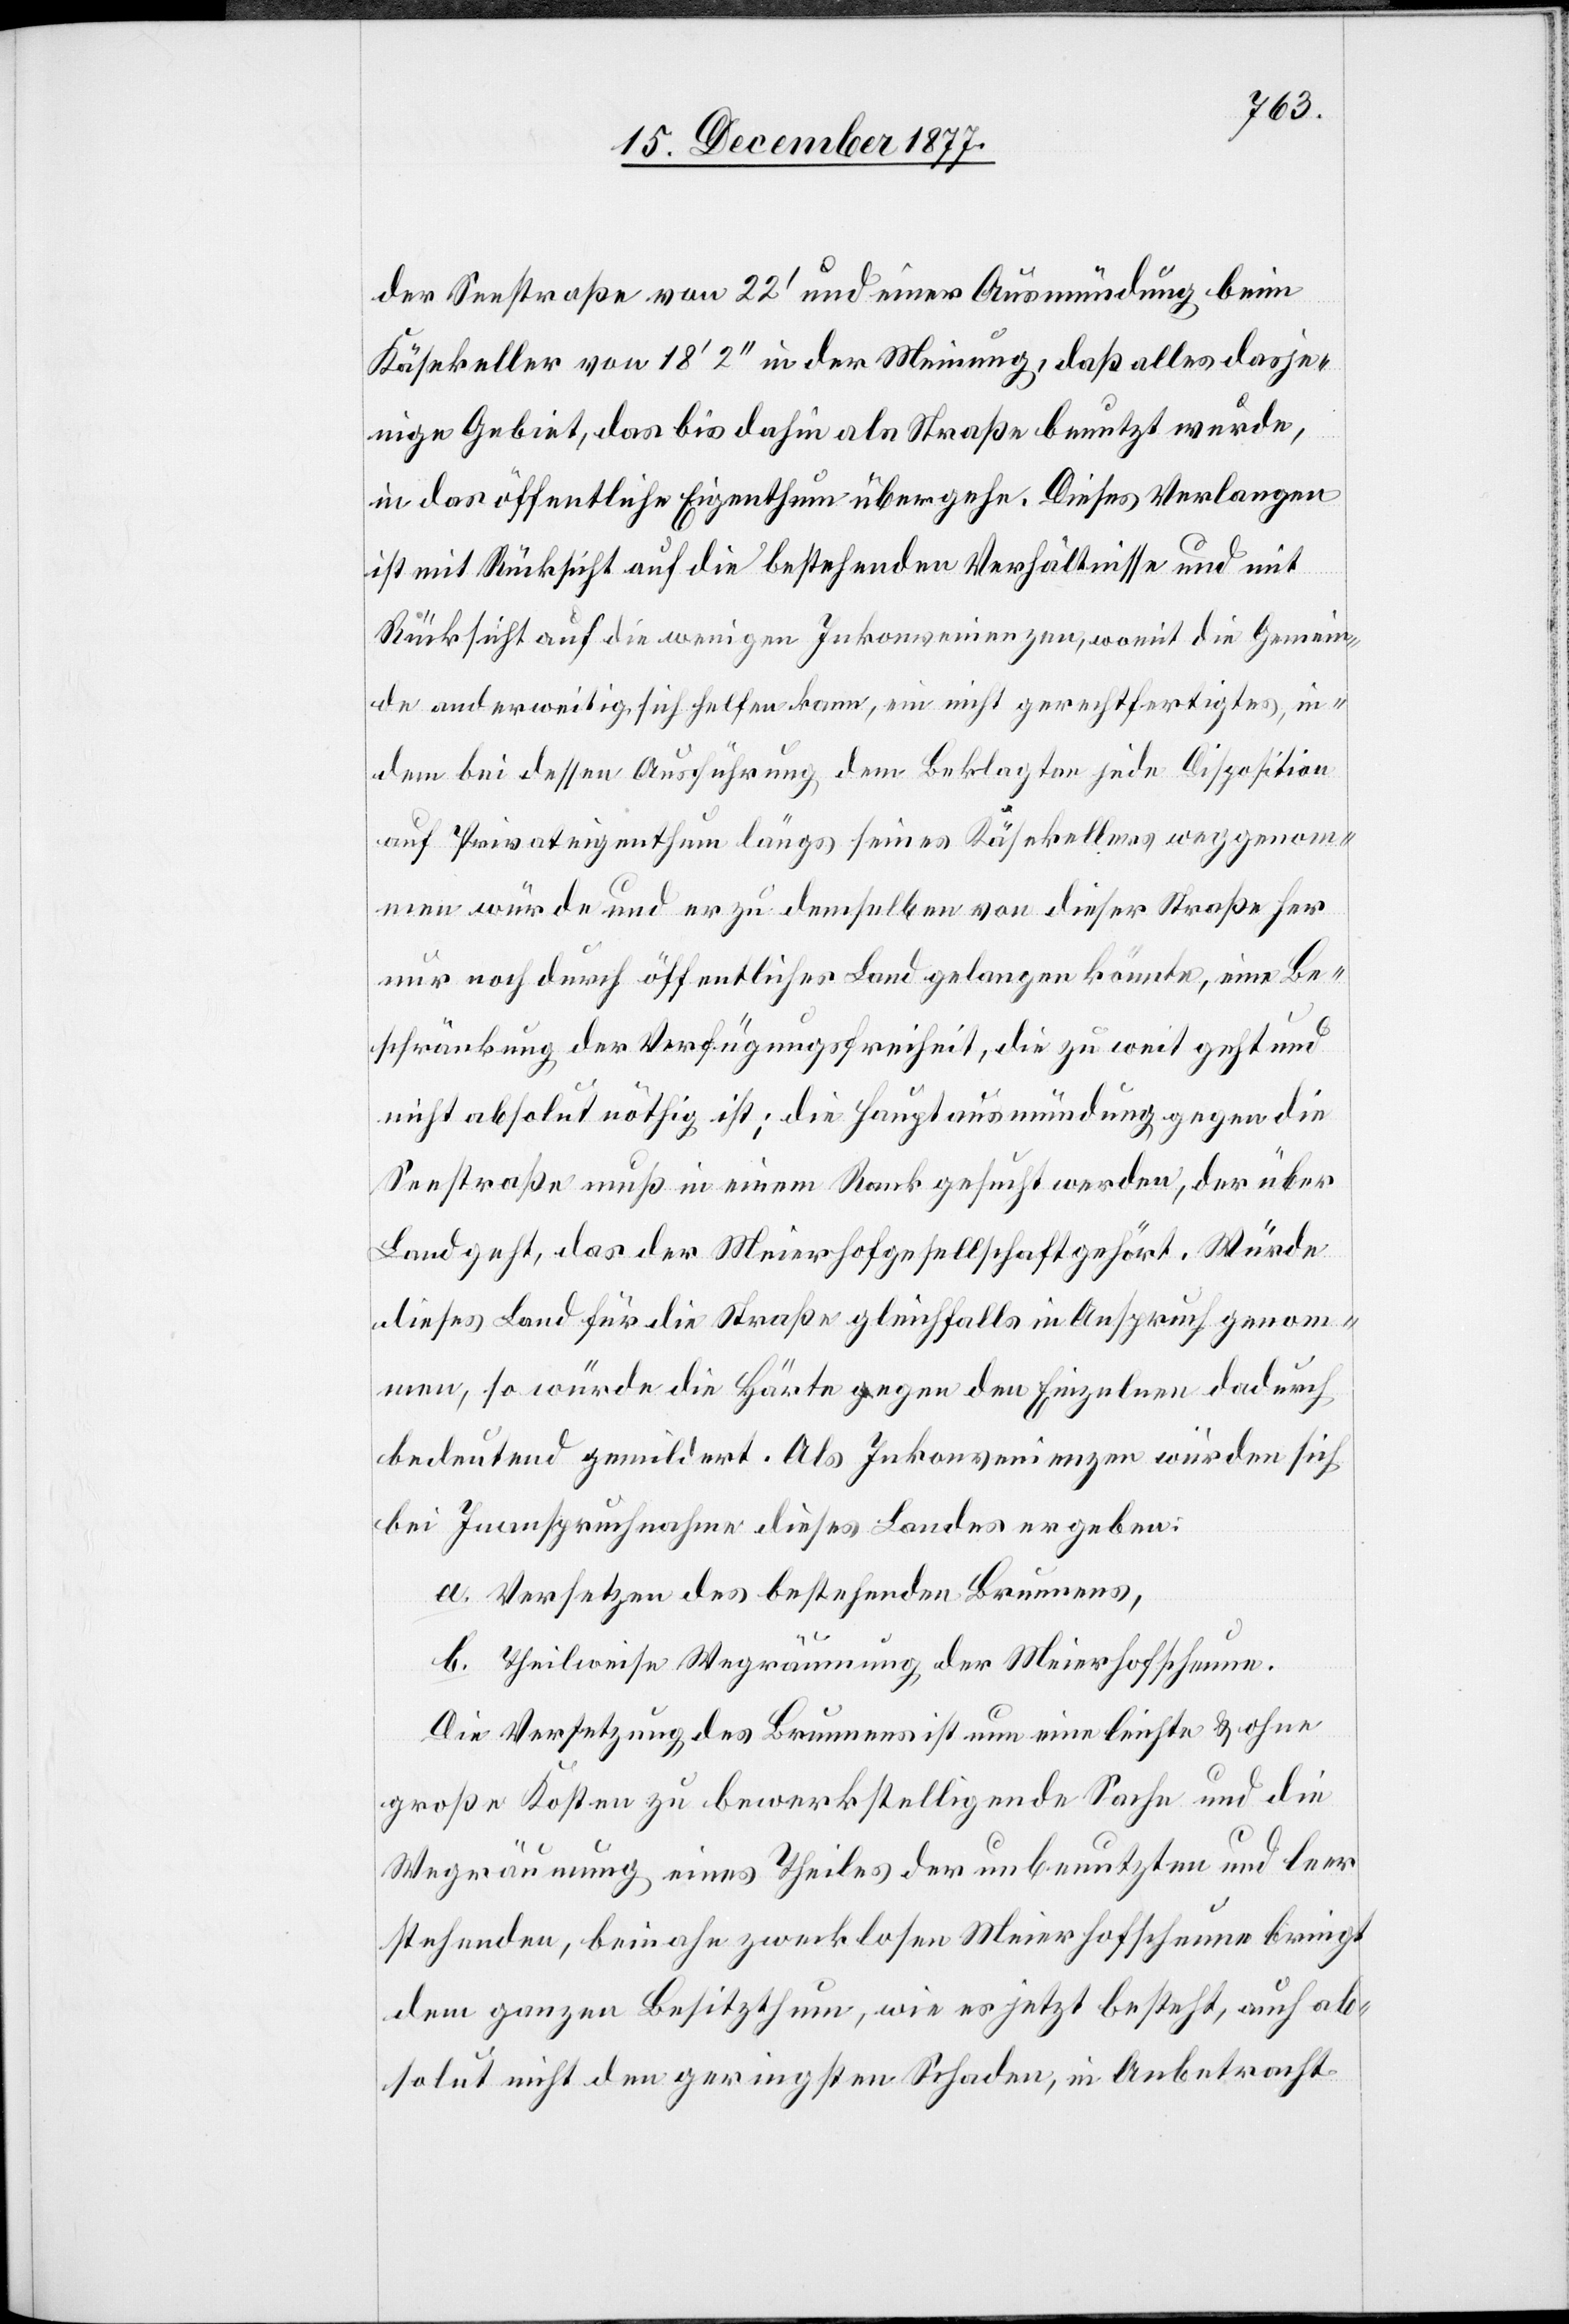
der Seestraße von 22‘ und einer Ausmündung beim
Käsekeller von 18‘ 2‘‘ in der Meinung, daß alles dasje¬
nige Gebiet, das bis dahin als Straße benutzt wurde,
in das öffentliche Eigenthum übergehe. Dieses Verlangen
ist mit Rücksicht auf die bestehenden Verhältnisse und mit
Rücksicht auf die wenigen Inkonvenienzen, womit die Gemein¬
de anderweitig sich helfen kann, ein nicht gerechtfertigtes, in¬
dem bei dessen Ausführung dem Beklagten jede Disposition
auf Privateigenthum längs seines Käsekellers weggenom¬
men würde und er zu demselben von dieser Straße her
nur noch durch öffentliches Land gelangen könnte, eine Be¬
schränkung der Verfügungsfreiheit, die zu weit geht und
nicht absolut nöthig ist; die Hauptausmündung gegen die
Seestraße muß in einem Rank gesucht werden, der über
Land geht, das der Meierhofgesellschaft gehört. Würde
dieses Land für die Straße gleichfalls in Anspruch genom¬
men, so würde die Härte gegen den Einzelnen dadurch
bedeutend gemildert. Als Inkonvenienzen würden sich
bei Inanspruchnahme dieses Landes ergeben:
a. Versetzen des bestehenden Brunnens,
b. Theilweise Wegräumung der Meierhofscheune.
Die Versetzung des Brunnens ist nun eine leichte & ohne
große Kosten zu bewerkstelligende Sache und die
Wegräumung eines Theiles der unbenutzten und leer
stehenden, beinahe zwecklosen Meierhofscheune bringt
dem ganzen Besitzthum, wie es jetzt besteht, auch ab¬
solut nicht den geringsten Schaden, in Anbetracht